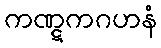
ကဏ္ဋကဂဟနံ